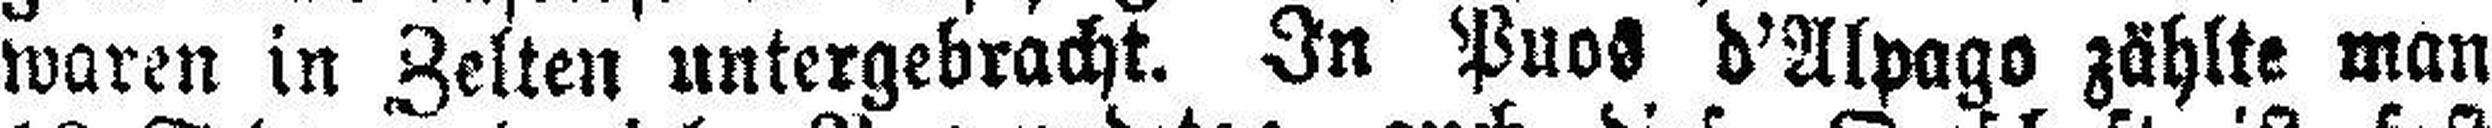
waren in Zelten untergebracht. In Puos d'Alpago zählte man